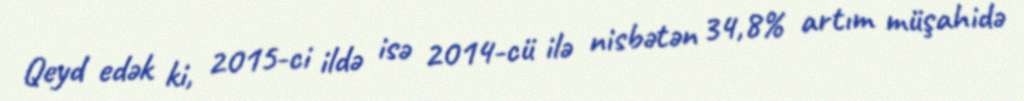
Qeyd edək ki, 2015-ci ildə isə 2014-cü ilə nisbətən 34,8% artım müşahidə